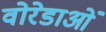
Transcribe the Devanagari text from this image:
वोरेडाओं